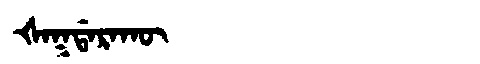
Manchu: ᡧᠠᡴᡩᠠᡵᠠᡴᡡ
Romanization: ŠAKDARAKŪ